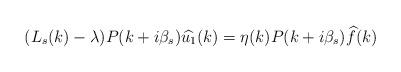
LaTeX: \begin{align*}(L_s(k)-\lambda)P(k+i\beta_s)\widehat{u_1}(k)=\eta(k)P(k+i\beta_s)\widehat{f}(k)\end{align*}